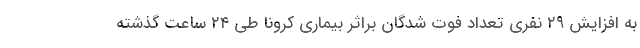
به افزایش ۲۹ نفری تعداد فوت شدگان براثر بیماری کرونا طی ۲۴ ساعت گذشته